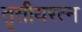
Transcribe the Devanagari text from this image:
तृतीयरत्न